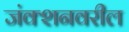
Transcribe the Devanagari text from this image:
जंक्शनवरील